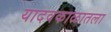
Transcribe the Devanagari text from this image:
यादवकाळातला